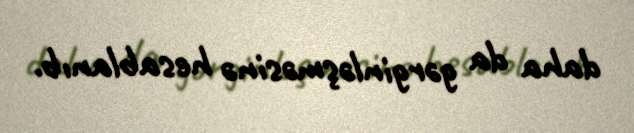
daha da gərginləşməsinə hesablanıb.